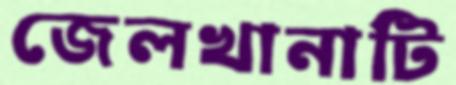
জেলখানাটি